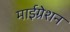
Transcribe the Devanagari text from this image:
माईग्रेशन